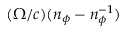
{ ( \Omega / c ) ( n _ { \phi } - n _ { \phi } ^ { - 1 } ) }